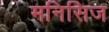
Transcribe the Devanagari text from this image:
मनिसिज